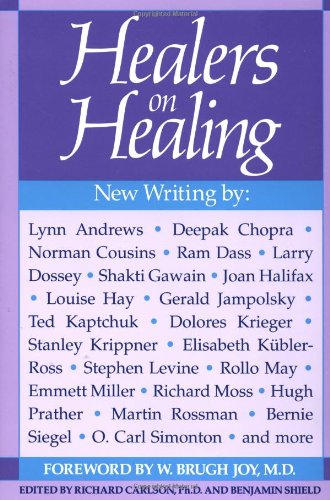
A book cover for Healers on Healing (New Consciousness Reader); Richard Carlson; Health, Fitness & Dieting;